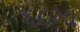
૬૮મા